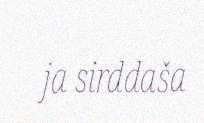
ja sirddaša